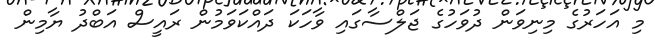
މި އަހަރުގެ މިނިވަން ދުވަހުގެ ޖަލްސާގައި ވާހަކަ ދައްކަވަމުން ރައީސް އަބްދު ޔާމިން